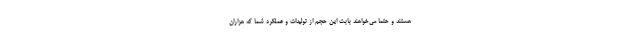
هستند و حتما مي‌خواهند بابت اين حجم از توليدات و عملكرد شما كه هزاران